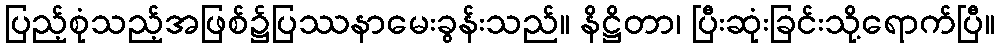
ပြည့်စုံသည့်အဖြစ်၌ပြဿနာမေးခွန်းသည်။ နိဋ္ဌိတာ၊ ပြီးဆုံးခြင်းသို့ရောက်ပြီ။